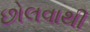
છોલવાથી